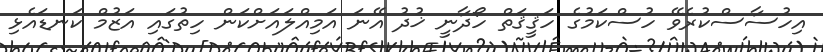
އިހުސާސްކުރެވޭ ހުސްކަމުގެ ހަޤީޤަތް ހޯދާނީ ޚުދު އޭނަ އަމިއްލައަށްކަން ހިތުގައި އަޒުމް ކަނޑައެޅި